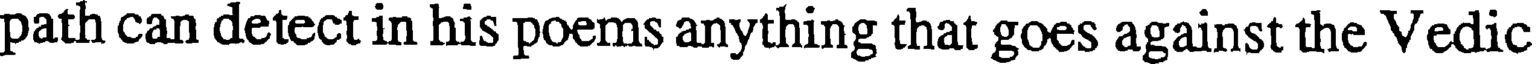
path can detect in his poems anything that goes against the Vedic